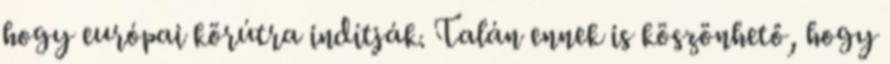
hogy európai körútra indítják. Talán ennek is köszönhető, hogy